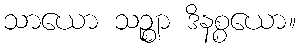
သာယော သဉ္ဈာ ဒိနစ္စယော။